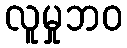
လူမှုဘဝ